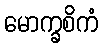
မောက္ခစိကံ